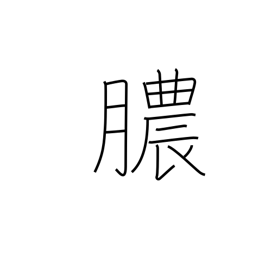
Meaning: discharge